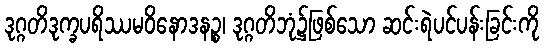
ဒုဂ္ဂတိဒုက္ခပရိဿမဝိနောဒနဉ္စ၊ ဒုဂ္ဂတိဘုံ၌ဖြစ်သော ဆင်းရဲပင်ပန်းခြင်းကို